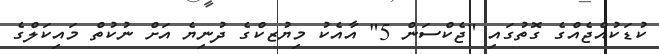
ކުޑަކުއްޖެއްގެ ގޮތުގައި "ޖެކްސަން 5" އާއެކު މިޔުޒކްގެ ދުނިޔެ އަށް ނުކުތް މައިކަލްގެ